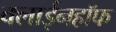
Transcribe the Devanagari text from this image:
क्लाईनहॉफ